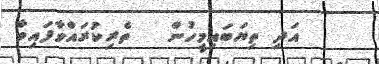
އަދި ތިޔަބައިމީހުން   ތެރިކުރައްވާފައިވާ